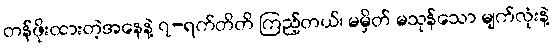
တန်ဖိုးထားတဲ့အနေနဲ့ ၇-ရက်တိတိ ကြည့်တယ်၊ မမှိတ် မသုန်သော မျက်လုံးနဲ့